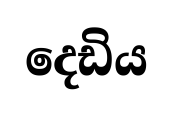
දෙඩිය